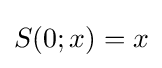
S(0;x)=x